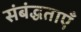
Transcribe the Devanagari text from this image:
संबंद्धताएँ